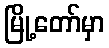
မြို့တော်မှာ